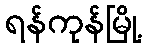
ရန်ကုန်မြို့